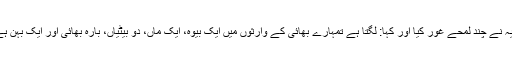
فقیہ نے چند لمحے غور کیا اور کہا: لگتا ہے تمہارے بھائی کے وارثوں میں ایک بیوہ، ایک ماں، دو بیٹیاں، بارہ بھائی اور ایک بہن ہے۔